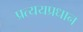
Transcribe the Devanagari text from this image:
प्रत्ययप्रधान